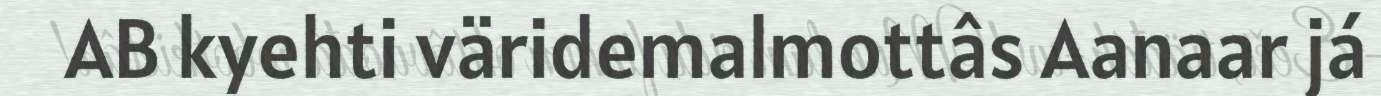
AB kyehti väridemalmottâs Aanaar já